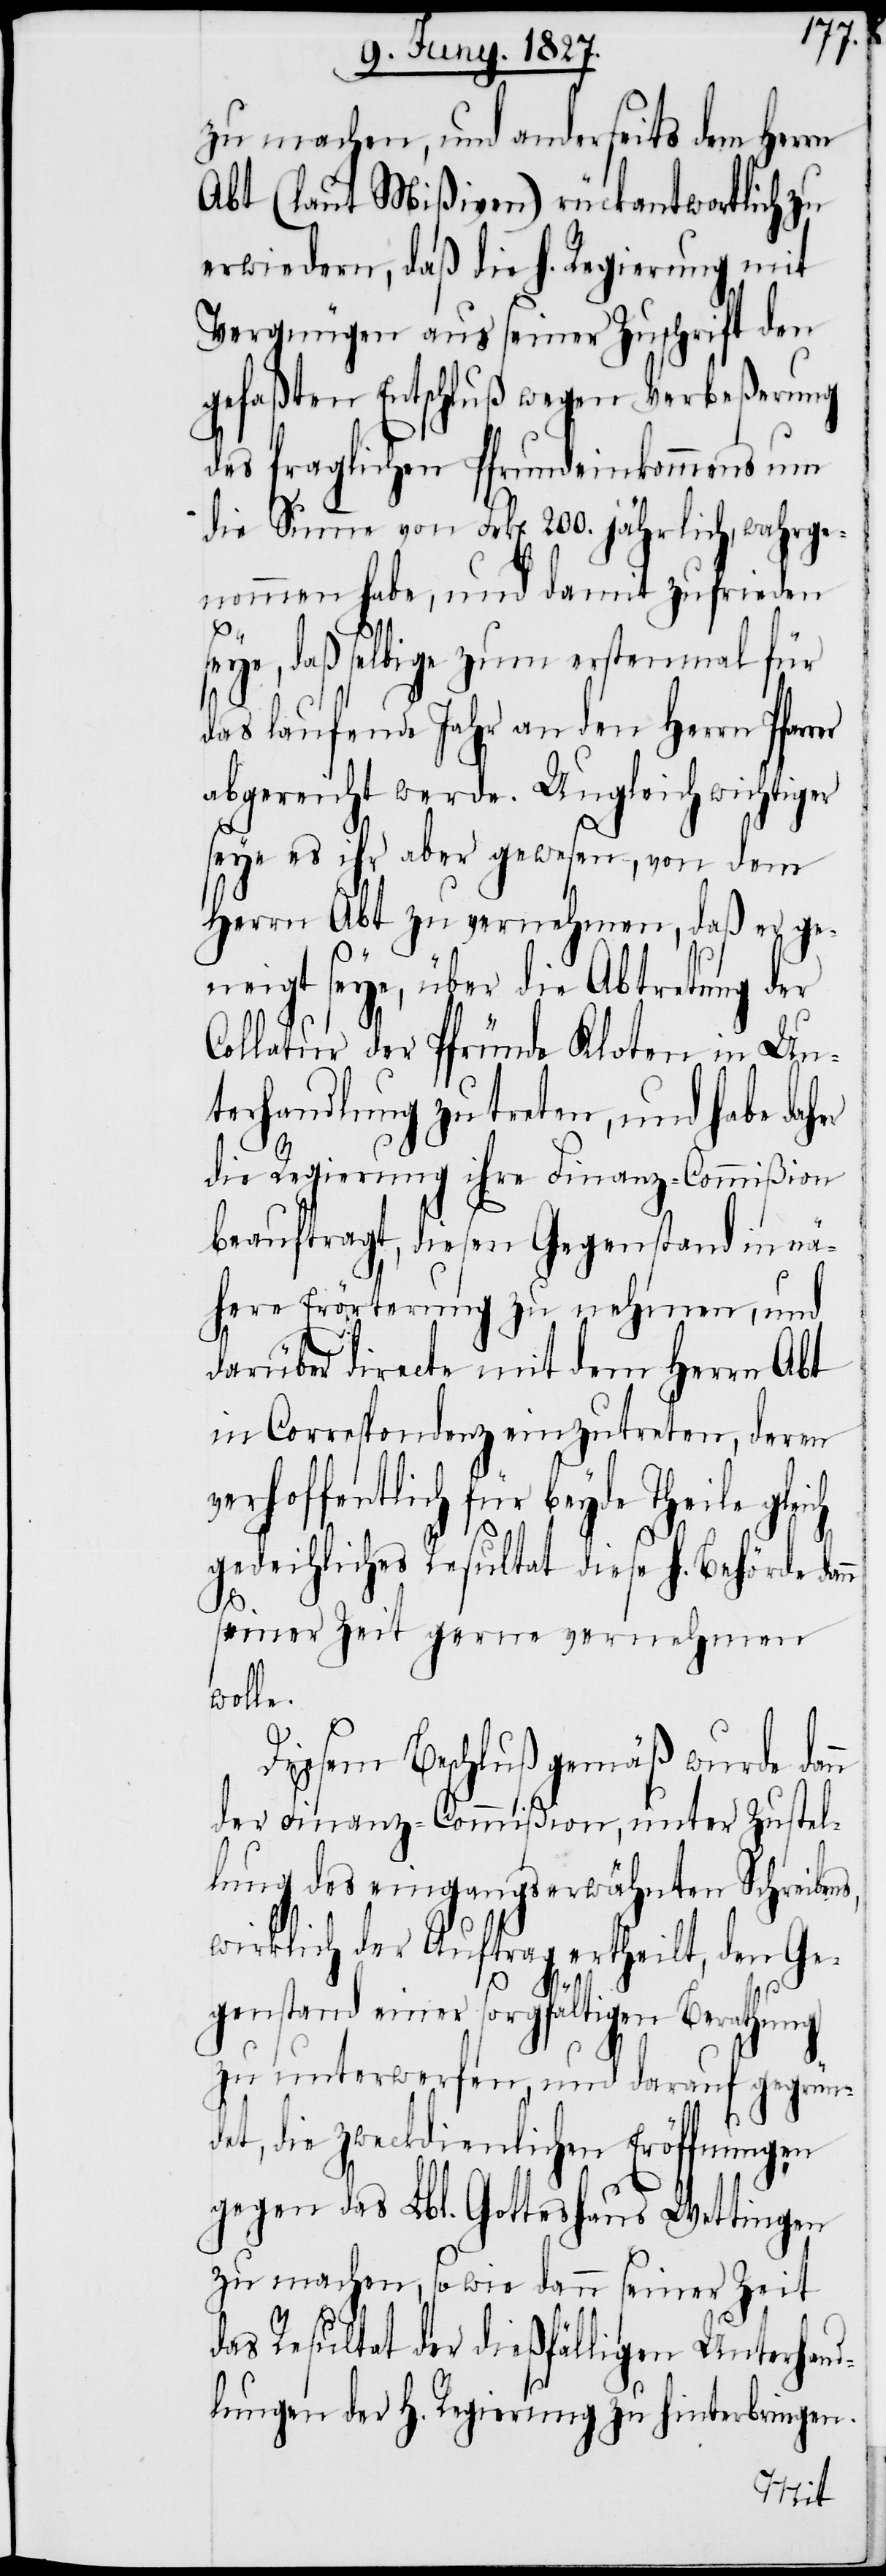
zu machen, und anderseits dem Herrn
Abt (laut Mißiven) rückantwortlich zu
erwiedern, daß die h. Regierung mit
Vergnügen aus seiner Zuschrift den
gefaßten Entschluß wegen Verbeßerung
des fraglichen Pfrundeinkommens um
die Summe von Frk[en]. 200. jährlich, wahrge¬
nommen habe, und damit zufrieden
seye, daß selbige zum erstenmal für
s,
das laufende Jahr an den Herrn Pfar¬
abgereicht werde. Ungleich wichtiger
seye es ihr aber gewesen, von dem
Herrn Abt zu vernehmen, daß er ge¬
neigt seye, über die Abtretung der
Collatur der Pfründe Kloten in Un¬
terhandlung zu treten, und habe daher
die Regierung ihre Finanz-Commißion
beauftragt, diesen Gegenstand in nä¬
here Erörterung zu nehmen, und
darüber directe mit dem Herrn Abt
in Correspondenz einzutreten, deren
rhoffentlich für beyde Theile
gedeihliches Resultat diese h. Behörde da¬
seiner Zeit gerne vernehmen
wolle.
Diesem Beschluß gemäß wurde da¬
der Finanz-Commißion, unter Zustel¬
lung des eingangserwähnten Schreiben¬
wirklich der Auftrag ertheilt, den Ge¬
genstand einer sorgfältigen Berathung
zu unterwerfen, und darauf gegrün¬
det, die zweckdienlichen Eröffnungen
gegen das Lbl. Gotteshaus Wettingen
zu machen, sowie dann seiner Zeit
das Resultat der dießfälligen Unterhand¬
lungen der h. Regierung zu hinterbringen.